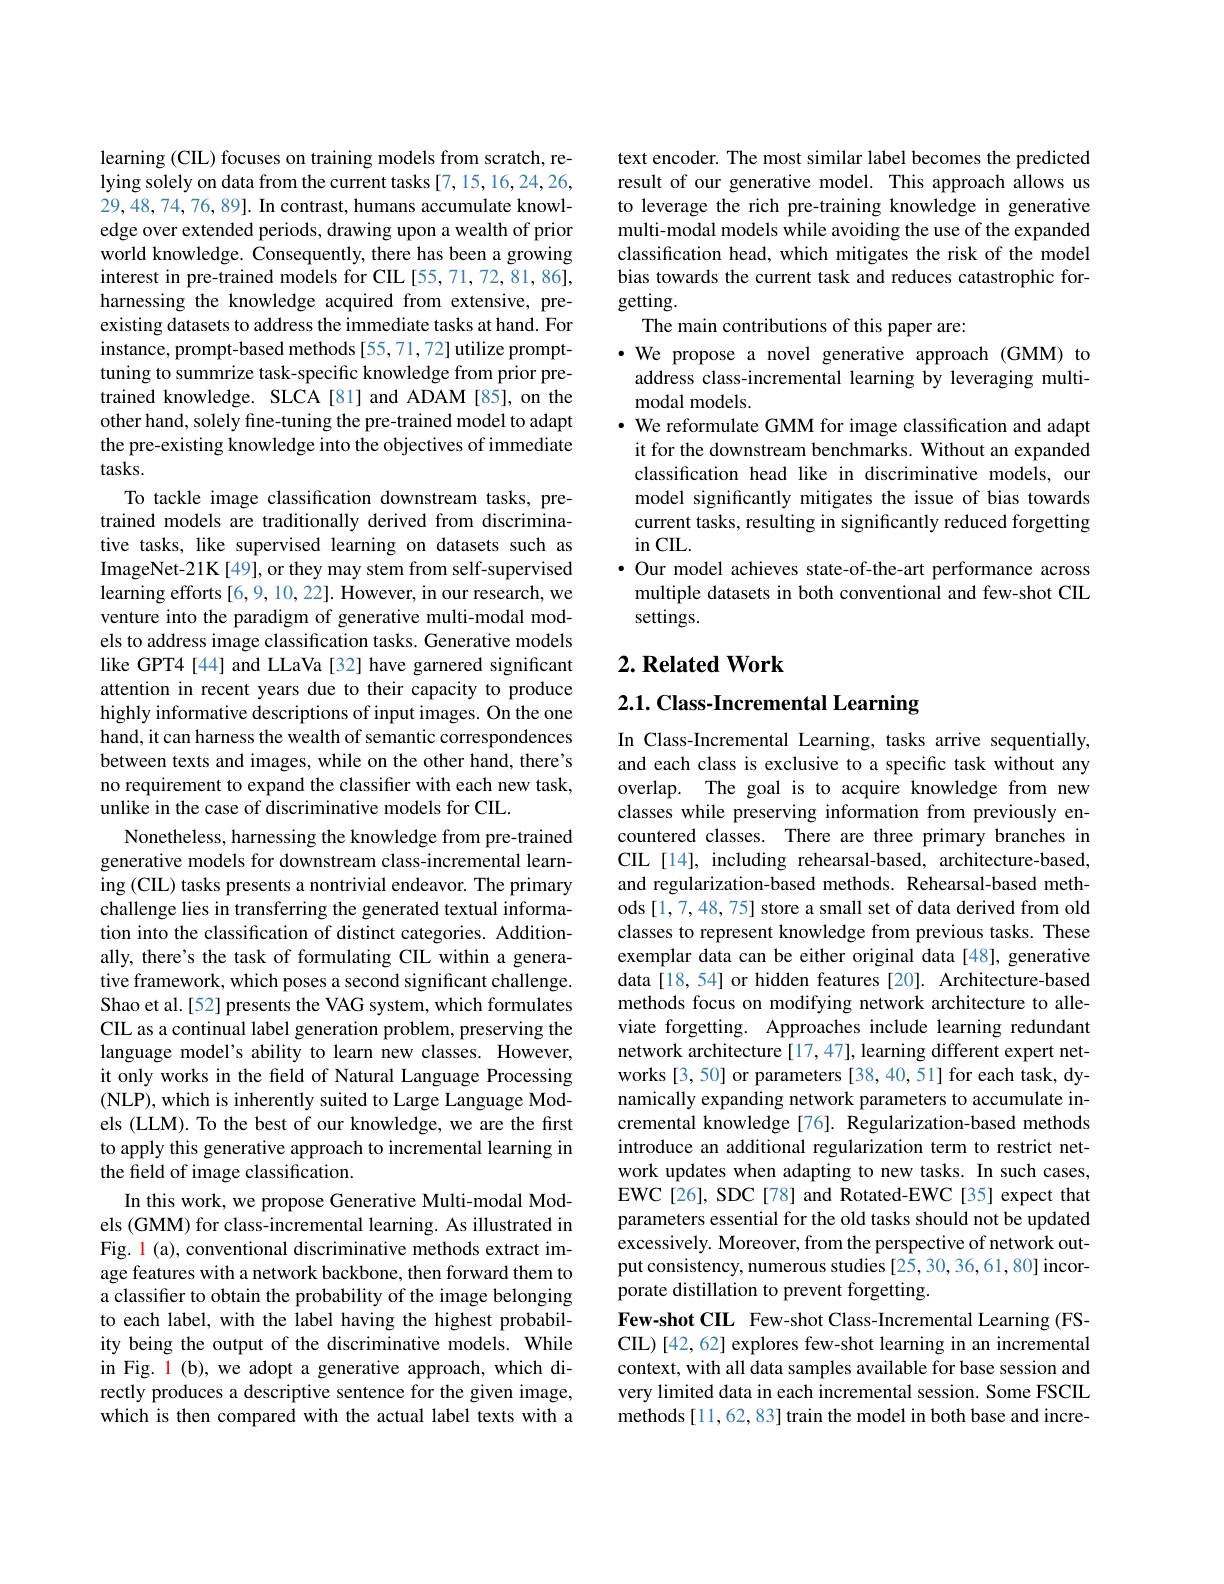
learning (CIL) focuses on training models from scratch, re- 29,48,74,76,89]. In contrast, humans accumulate knowledge over extended periods, drawing upon a wealth of prior world knowledge. Consequently, there has been a growing interest in pre-trained models for CIL [55,71,72,81,86], harnessing the knowledge acquired from extensive, preexisting datasets to address the immediate tasks at hand. For instance, prompt-based methods [55,71,72] utilize prompttuning to summrize task-specific knowledge from prior pretrained knowledge. SLCA[81] and ADAM[85], on the other hand, solely fine-tuning the pre-trained model to adapt the pre-existing knowledge into the objectives of immediate tasks.
To tackle image classification downstream tasks, pretrained models are traditionally derived from discriminative tasks, like supervised learning on datasets such as ImageNet-21K[49], or they may stem from self-supervised learning efforts [6,9,10,22]. However, in our research, we venture into the paradigm of generative multi-modal models to address image classification tasks. Generative models like GPT4 [44] and LLaVa [32] have garnered significant attention in recent years due to their capacity to produce highly informative descriptions of input images. On the one hand, it can harness the wealth of semantic correspondences between texts and images, while on the other hand, there's no requirement to expand the classifer with each new task, unlike in the case of discriminative models for CIL.
Nonetheless, harnessing the knowledge from pre-trained generative models for downstream class-incremental learning (CIL) tasks presents a nontrivial endeavor. The primary challenge lies in transferring the generated textual information into the classification of distinct categories. Additionally, there's the task of formulating CIL within a generative framework, which poses a second significant challenge. Shao et al. [52] presents the VAG system, which formulates CIL as a continual label generation problem, preserving the language model's ability to learn new classes. However, it only works in the feld of Natural Language Processing (NLP), which is inherently suited to Large Language Models (LLM). To the best of our knowledge, we are the first to apply this generative approach to incremental learning in the field of image classification.
In this work, we propose Generative Multi-modal Models (GMM) for class-incremental learning. As illustrated in Fig. l (a), conventional discriminative methods extract image features with a network backbone, then forward them to a classifer to obtain the probability of the image belonging to each label, with the label having the highest probability being the output of the discriminative models. While in Fig. $\color{red}1$ (b), we adopt a generative approach, which directly produces a descriptive sentence for the given image, which is then compared with the actual label texts with a

text encoder. The most similar label becomes the predicted result of our generative model. This approach allows us to leverage the rich pre-training knowledge in generative multi-modal models while avoiding the use of the expanded classification head, which mitigates the risk of the model bias towards the current task and reduces catastrophic forgetting.
The main contributions of this paper are:
$\cdot$ We propose a novel generative approach (GMM) to address class-incremental learning by leveraging multimodal models.
· We reformulate GMM for image classification and adapt
it for the downstream benchmarks. Without an expanded classification head like in discriminative models, our model significantly mitigates the issue of bias towards current tasks, resulting in significantly reduced forgetting $inCIL.$
·Our model achieves state-of-the-art performance across multiple datasets in both conventional and few-shot CIL settings.

## $2. \textbf{Related Work}$

2.1. Class-Incremental Learning

In Class-Incremental Learning, tasks arrive sequentially, and each class is exclusive to a specific task without any overlap. The goal is to acquire knowledge from new classes while preserving information from previously encountered classes. There are three primary branches in CIL [14], including rehearsal-based, architecture-based, and regularization-based methods. Rehearsal-based methods [1,7,48,75] store a small set of data derived from old classes to represent knowledge from previous tasks. These exemplar data can be either original data [48], generative data[18,54] or hidden features [20]. Architecture-based methods focus on modifying network architecture to alleviate forgetting. Approaches include learning redundant network architecture [17,47], learning different expert networks [3,50] or parameters [38,40,51] for each task, dynamically expanding network parameters to accumulate incremental knowledge[76]. Regularization-based methods introduce an additional regularization term to restrict network updates when adapting to new tasks. In such cases, EWC[26], SDC[78] and Rotated-EWC[35] expect that parameters essential for the old tasks should not be updated excessively. Moreover, from the perspective of network output consistency, numerous studies [25, 30, 36, 61, 80] incorporate distillation to prevent forgetting.
Few-shot CIL Few-shot Class-Incremental Learning (FSCIL)[42,62] explores few-shot learning in an incremental context, with all data samples available for base session and very limited data in each incremental session. Some FSCIL methods[11,62,83] train the model in both base and incre-